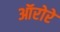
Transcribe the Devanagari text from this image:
ऑरोरे